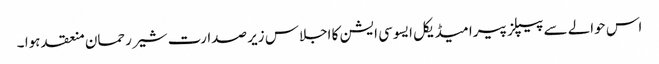
اس حوالے سے پیپلز پیرا میڈیکل ایسوسی ایشن کا اجلاس زیر صدارت شیر رحمان منعقد ہوا ۔